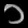
Digit: ၁